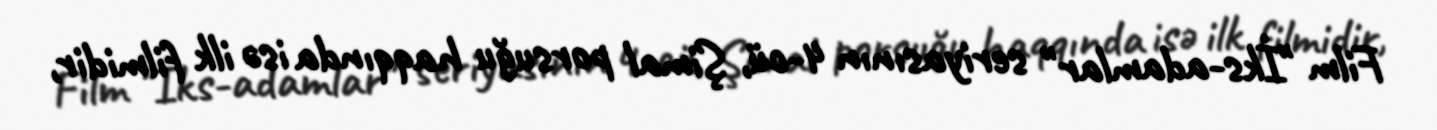
Film "İks-adamlar" seriyasının 4-cü, Şimal porsuğu haqqında isə ilk filmidir,